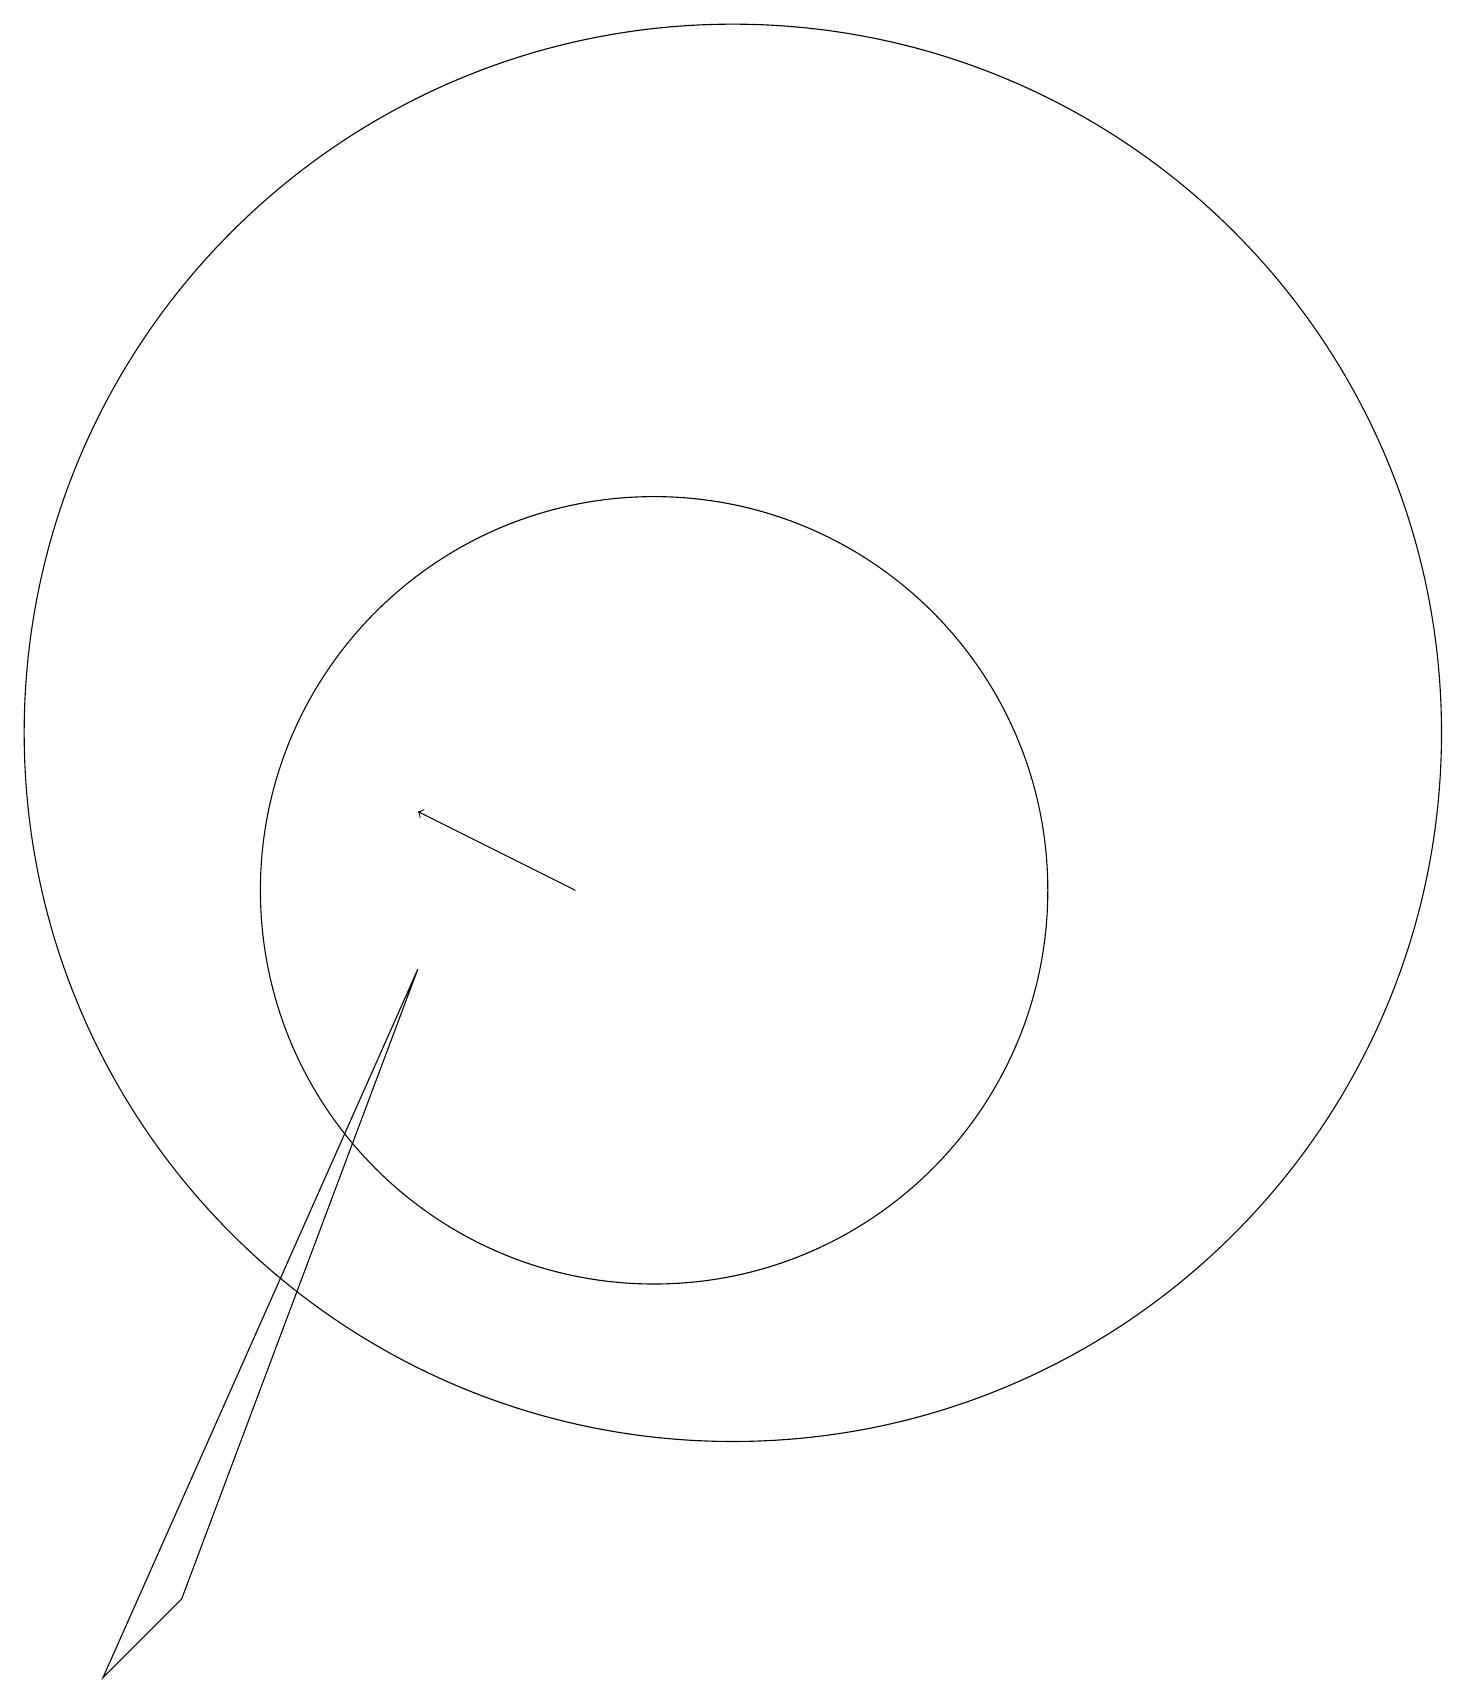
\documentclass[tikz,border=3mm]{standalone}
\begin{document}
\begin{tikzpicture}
\draw (10,10) circle (5);
\draw (3,0) -- (4,1) -- (7,9) -- cycle;
\draw[->] (9,10) -- (7,11);
\draw (11,12) circle (9);
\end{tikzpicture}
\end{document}